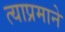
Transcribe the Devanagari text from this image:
त्याप्रमाने